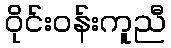
ဝိုင်းဝန်းကူညီ